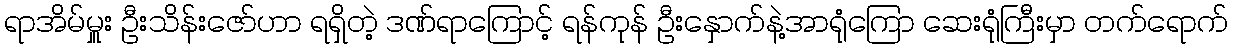
ရာအိမ်မှူး ဦးသိန်းဇော်ဟာ ရရှိတဲ့ ဒဏ်ရာကြောင့် ရန်ကုန် ဦးနှောက်နဲ့အာရုံကြော ဆေးရုံကြီးမှာ တက်ရောက်